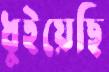
ধুইয়েছি